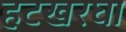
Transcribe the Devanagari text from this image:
हटखरघा